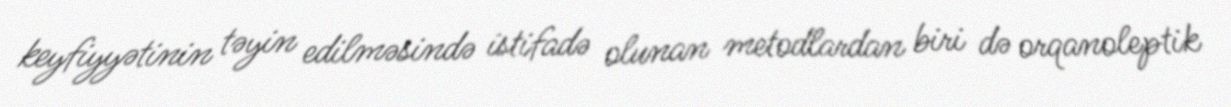
keyfiyyətinin təyin edilməsində istifadə olunan metodlardan biri də orqanoleptik